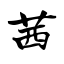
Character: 茜